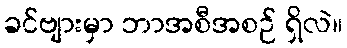
ခင်ဗျားမှာ ဘာအစီအစဉ် ရှိလဲ။